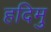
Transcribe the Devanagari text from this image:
हदिमु